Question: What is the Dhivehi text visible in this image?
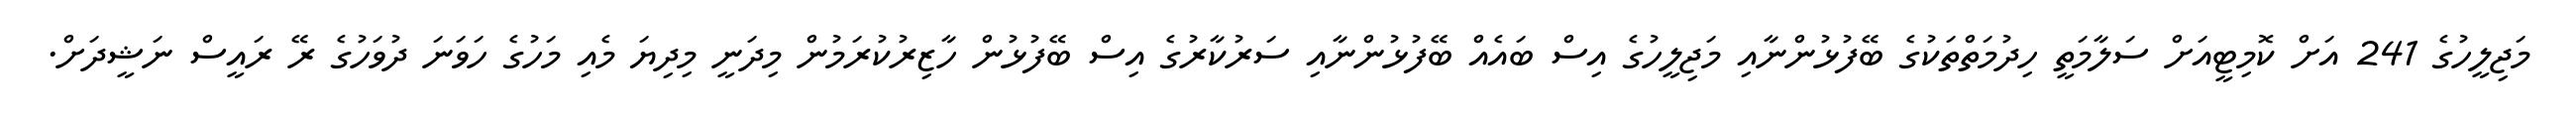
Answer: މަޖިލީހުގެ 241 އަށް ކޮމިޓީއަށް ސަލާމަތީ ހިދުމަތްތަކުގެ ބޭފުޅުންނާއި މަޖިލީހުގެ އިސް ބައެއް ބޭފުޅުންނާއި ސަރުކާރުގެ އިސް ބޭފުޅުން ހާޒިރުކުރަމުން މިދަނީ މިދިޔަ މެއި މަހުގެ ހަވަނަ ދުވަހުގެ ރޭ ރައީސް ނަޝީދަށް.